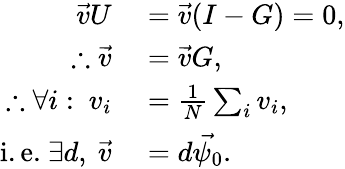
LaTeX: \begin{array}{rl}{\vec{v}U}&{{}=\vec{v}(I-G)=0,}\\ {\therefore\vec{v}}&{{}=\vec{v}G,}\\ {\therefore\forall i:\ v_{i}}&{{}=\frac{1}{N}\sum_{i}v_{i},}\\ {\mathrm{i.e.}\ \exists d,\ \vec{v}}&{{}=d\vec{\psi_{0}}.}\end{array}